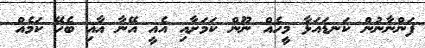
ފަންނާނުން ކަނޑައަޅާ މީހެއް ނޫން ކަމަށާއި އެއީ އޭނާ އާއި ބެހޭ ކަމެއް